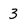
Character: 3